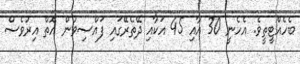
ބެހެއްޓީތީވެ. އެހެނީ 30 އާއި 45 އަކާއި ދޭތެރޭގައި ފައްސިވުން އޮތް އިރުވެސް